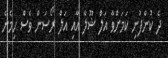
ދެ ކުންފުނި ކަމަށްވާ އަލް ޝޫލާ އާއި އަލް ރޯސަން ވެސް ހިމެނެ